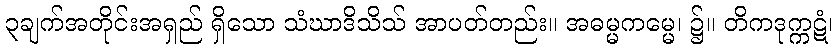
၃ချက်အတိုင်းအရှည် ရှိသော သံဃာဒိသိသ် အာပတ်တည်း။ အဓမ္မကမ္မေ၊ ၌။ တိကဒုက္ကဋံ၊